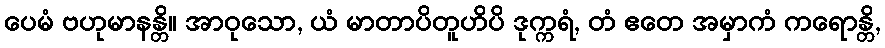
ပေမံ ဗဟုမာနန္တိ။ အာဝုသော, ယံ မာတာပိတူဟိပိ ဒုက္ကရံ, တံ ဧတေ အမှာကံ ကရောန္တိ,